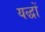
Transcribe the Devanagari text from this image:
यद्धों